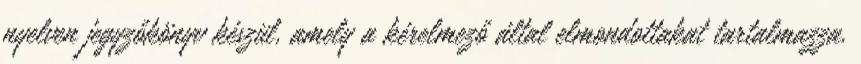
nyelven jegyzőkönyv készül, amely a kérelmező által elmondottakat tartalmazza.